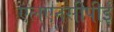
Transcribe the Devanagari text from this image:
एलएनसीपीई